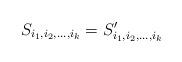
LaTeX: \begin{align*} S_{i_1,i_2,\dots,i_k}= S'_{i_1,i_2,\dots,i_k} \end{align*}